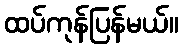
ထပ်ကုန်ပြန်မယ်။